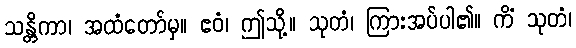
သန္တိကာ၊ အထံတော်မှ။ ဧဝံ၊ ဤသို့။ သုတံ၊ ကြားအပ်ပါ၏။ ကိံ သုတံ၊